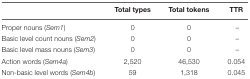
<table><thead><tr><td></td><td><b>Total types</b></td><td><b>Total tokens</b></td><td><b>TTR</b></td></tr></thead><tbody><tr><td>Proper nouns (<i>Sem1</i>)</td><td>0</td><td>0</td><td>–</td></tr><tr><td>Basic level count nouns (<i>Sem2</i>)</td><td>0</td><td>0</td><td>–</td></tr><tr><td>Basic level mass nouns (<i>Sem3</i>)</td><td>0</td><td>0</td><td>–</td></tr><tr><td>Action words (<i>Sem4a</i>)</td><td>2,520</td><td>46,530</td><td>0.054</td></tr><tr><td>Non-basic level words (<i>Sem4b</i>)</td><td>59</td><td>1,318</td><td>0.045</td></tr></tbody></table>